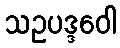
သဥပဒ္ဒဝေါ